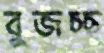
বুজচ্ছ